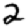
Digit: 2